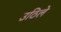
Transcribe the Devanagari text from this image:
उठिले